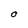
Character: O